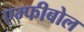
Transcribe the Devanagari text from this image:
एम्फीबोल